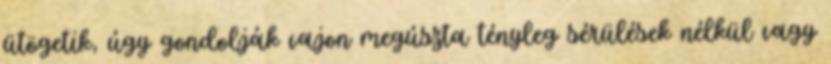
ütögetik, úgy gondolják vajon megúszta tényleg sérülések nélkül vagy